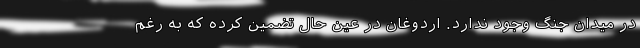
در میدان جنگ وجود ندارد. اردوغان در عین حال تضمین کرده که به رغم